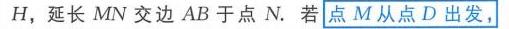
\(H\)，延长 \(MN\) 交边 \(AB\) 于点 \(N\). 若 点\(M\)从点\(D\)出发，